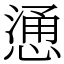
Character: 慂